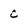
Character: C